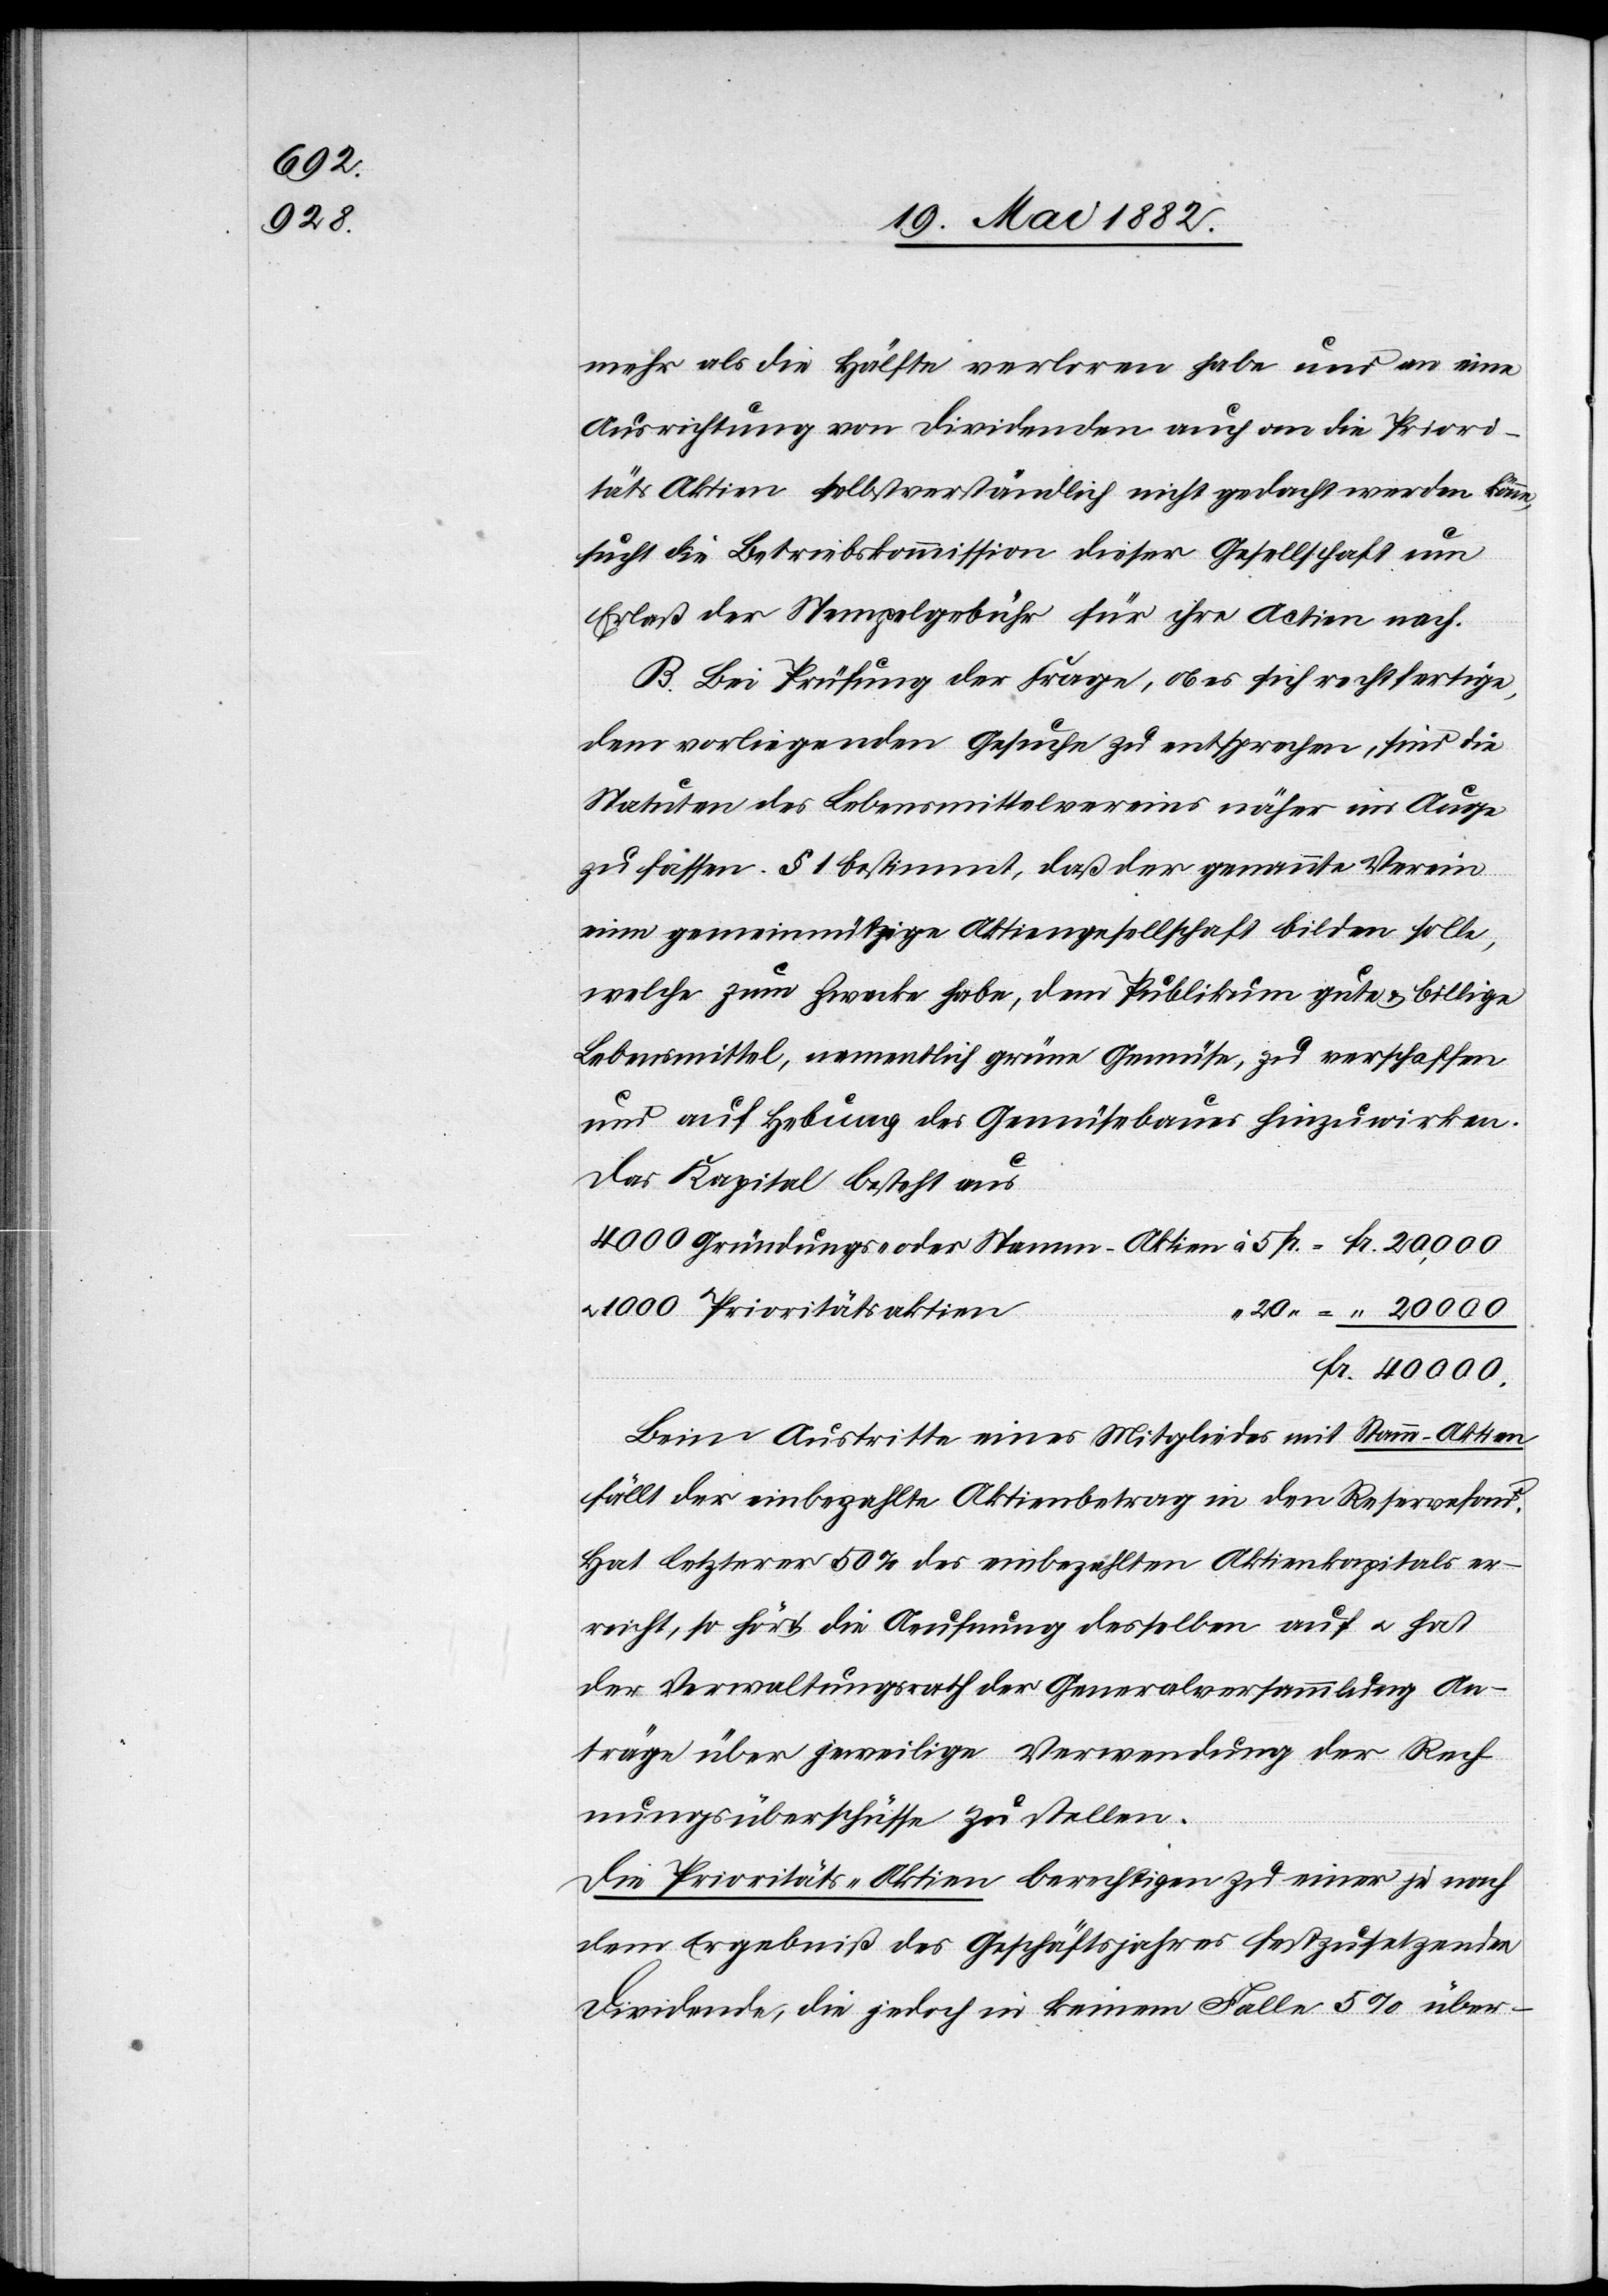
mehr als die Hälfte verloren habe und an eine
Ausrichtung von Dividenden auch an die Priori¬
täts-Aktien selbstverständlich nicht gedacht werden könne,
sucht die Betriebskommission dieser Gesellschaft um
Erlaß der Stempelgebühren für ihre Actien nach.
B. Bei Prüfung der Frage, ob es sich rechtfertige,
dem vorliegenden Gesuche zu entsprechen, sind die
Statuten des Lebensmittelvereins näher ins Auge
zu fassen, § 1 bestimmt, daß der genannte Verein
eine gemeinnützige Aktiengesellschaft bilden solle,
welche zum Zwecke habe, dem Publikum gute & billige
Lebensmittel, namentlich grüne Gemüse, zu verschaffen
und auf Hebung des Gemüsebaues hinzuwirken.
Das Kapital besteht aus:
u. 1000
Beim Austritte eines Mitgliedes mit Stamm-Aktien
fällt der einbezahlte Aktienbetrag an den Reservefond.
Hat letzterer 50% des einbezahlten Aktienkapitals er¬
reicht, so hört die Aeufnung desselben auf u. hat
der Verwaltungsrath der Generalversammlung An¬
träge über jeweilige Verwendung der Rech¬
nungsüberschüsse zu stellen.
Die Prioritäts-Aktien berechtigen zu einer je nach
dem Ergebniß des Geschäftsjahres festzusetzenden
Dividende, die jedoch in keinem Falle 5% über-